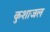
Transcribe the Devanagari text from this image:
कुशाजल